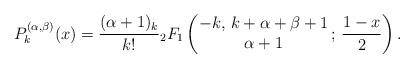
LaTeX: \begin{align*}P^{(\alpha,\beta)}_k(x)=\frac{(\alpha+1)_k}{k!}{}_2F_1\left( \begin{matrix}-k,\, k+\alpha+\beta+1 \\ \alpha+1 \end{matrix} \,;\, \frac{1-x}{2} \right).\end{align*}